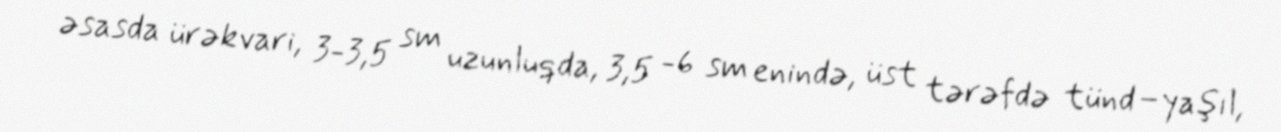
əsasda ürəkvari, 3-3,5 sm uzunluqda, 3,5 -6 sm enində, üst tərəfdə tünd–yaşıl,